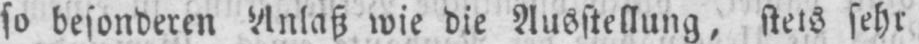
so besonderen Anlaß wie die Ausstellung, stets sehr